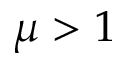
\mu > 1